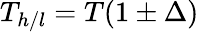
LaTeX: T_{h/l}=T(1\pm\Delta)